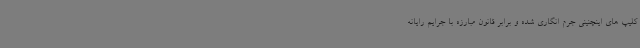
کلیپ های اینچنینی جرم انگاری شده و برابر قانون مبارزه با جرایم رایانه